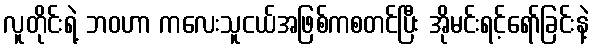
လူတိုင်းရဲ့ ဘဝဟာ ကလေးသူငယ်အဖြစ်ကစတင်ပြီး အိုမင်းရင့်ရော်ခြင်းနဲ့